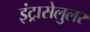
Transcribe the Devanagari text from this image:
इंट्रासेलुलर